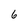
Character: 6